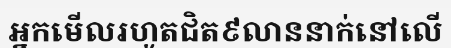
អ្នកមើលរហូតជិត៩លាននាក់នៅលើ